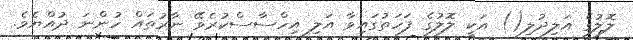
ލޮލުގެ އަލިދުލި() އަކީ ލޮލުގެ ފަހަތުގައިވާ އަލި އިހްސާސްކުރެވޭ ނާރުތައް ހުންނަ ދުއްޔެވެ.